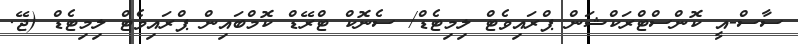
ސާސް-އީ ކޮންސްޓްރަކްޝަން ޕްރައިވެޓް ލިމިޓެޑް/ ސެނޮކް ޓްރޭޑް ކޮމްބައިން ޕްރައިވެޓް ލިމިޓެޑް (ޖޭ.